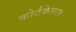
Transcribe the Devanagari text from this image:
कोर्टकेसात